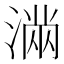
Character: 𭱽